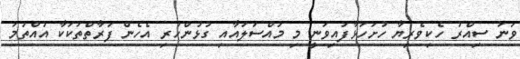
ވަނަ ސިއްރު ހެކިވެރިޔާ ހުށަހަޅާފައިވަނީ މި މައްސަލައާއި ގުޅުންހުރި އެހެން ފަރާތްތަކަކާ އުއްތަމަ